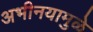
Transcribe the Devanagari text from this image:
अभीनयामुळे